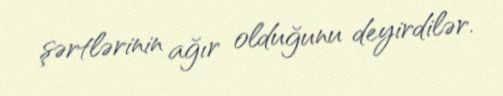
şərtlərinin ağır olduğunu deyirdilər.